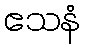
ဧသနံ